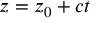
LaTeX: z = z _ { 0 } + c t